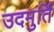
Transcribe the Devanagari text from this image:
उदमुर्ति